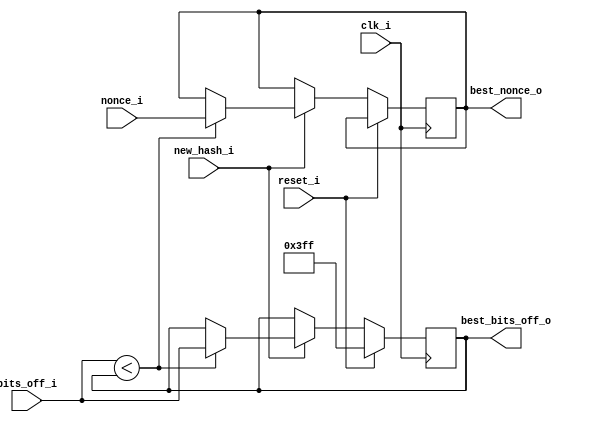
module hash_best (
  input clk_i,
  input [9:0] bits_off_i,
  input [255:0] nonce_i,
  input reset_i, // For now we use the signal from transmitter, reset after sending
  input new_hash_i,
  output [255:0] best_nonce_o,
  output [9:0] best_bits_off_o
);

reg [255:0] best_nonce_d, best_nonce_q;
reg [9:0] best_bits_off_d, best_bits_off_q;

assign best_nonce_o = best_nonce_q;
assign best_bits_off_o = best_bits_off_q;

always @(*) begin
  best_nonce_d = best_nonce_q;
  best_bits_off_d = best_bits_off_q;
  
  if (reset_i) begin
    best_nonce_d = best_nonce_q;
    best_bits_off_d = 10'b1111111111;
  end else begin
    if (new_hash_i) begin
      if (bits_off_i < best_bits_off_q) begin
        best_nonce_d = nonce_i;
        best_bits_off_d = bits_off_i;
      end
    end
  end
end

always @(posedge clk_i) begin
  best_nonce_q <= best_nonce_d;
  best_bits_off_q <= best_bits_off_d;
end

endmodule